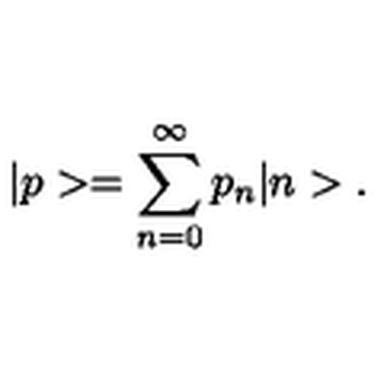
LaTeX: | p > = \sum _ { n = 0 } ^ { \infty } p _ { n } | n > .